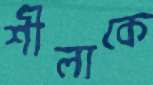
শীলাকে